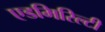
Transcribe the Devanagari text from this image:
एडमिरिल्टी